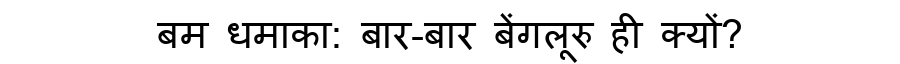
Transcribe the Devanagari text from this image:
बम धमाका: बार-बार बेंगलूरु ही क्यों?